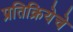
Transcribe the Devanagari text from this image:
प्रतिक्रियेचे